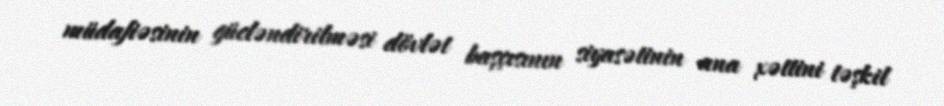
müdafiəsinin gücləndirilməsi dövlət başçısının siyasətinin ana xəttini təşkil